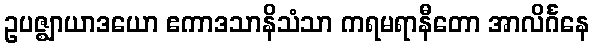
ဥပဇ္ဈာယာဒယော ဧကာဒသာနိသံသာ ကရမရာနီတော အာလိင်္ဂနေ